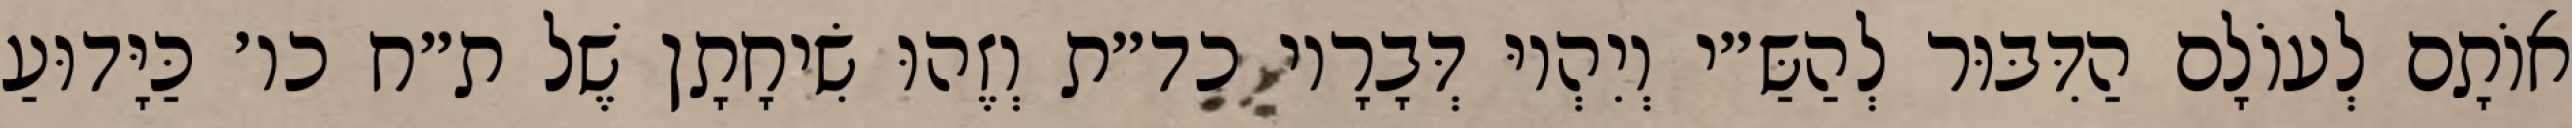
אוֹתָם לְעוֹלָם הַדִּבּוּר לְהַשַּ״י וְיִהְיוּ דְּבָרָיו כד״ת וְזֶהוּ שִׂיחָתָן שֶׁל ת״ח כו׳ כַּיָּדוּעַ